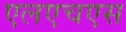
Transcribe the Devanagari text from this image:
एलएचएस